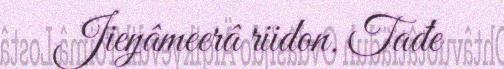
Jieŋâmeerâ riidon. Tađe